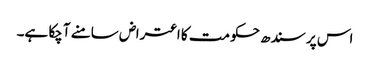
اس پر سندھ حکومت کا اعتراض سامنے آچکا ہے۔